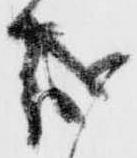
哉